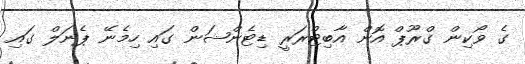
ގެ ވޯކިން ގްރޫޕް އޮން އާބިޓްރަރީ ޑިޓެންޝަން ގައި ހިމެނޭ ޕެނަލް ގައި